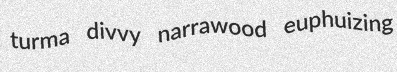
turma divvy narrawood euphuizing